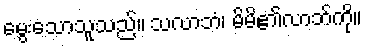
မွေးသောသူသည်။ သလာဘံ၊ မိမိ၏လာဘ်ကို။